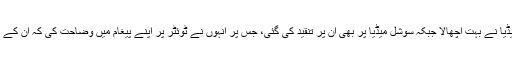
آفریدی کے اس بیان کو بھارتی میڈیا نے بہت اچھالا جبکہ سوشل میڈیا پر بھی ان پر تنقید کی گئی، جس پر انہوں نے ٹوئٹر پر اپنے پیغام میں وضاحت کی کہ ان کے بیان کو توڑمروڑ کر پیش کیا گیا۔